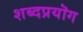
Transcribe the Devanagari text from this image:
शब्दप्रयॊग